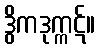
ဒွိကဒုက္ကဋ်။